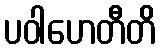
ပဝါဟေတီတိ